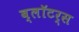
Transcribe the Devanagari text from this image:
ब्लॉटर्स